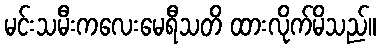
မင်းသမီးကလေးမေရီသတိ ထားလိုက်မိသည်။